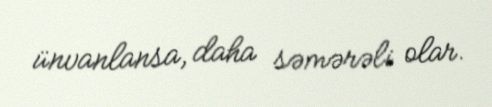
ünvanlansa, daha səmərəli olar.